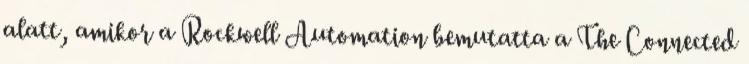
alatt, amikor a Rockwell Automation bemutatta a The Connected